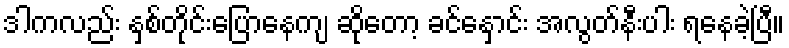
ဒါကလည်း နှစ်တိုင်းပြောနေကျ ဆိုတော့ ခင်နှောင်း အလွတ်နီးပါး ရနေခဲ့ပြီ။